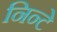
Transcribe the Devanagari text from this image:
निन्टे